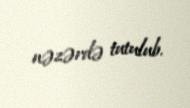
nəzərdə tutulub.